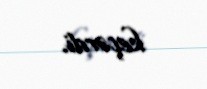
keçərdi.